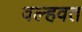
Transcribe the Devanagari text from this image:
वल्हवत